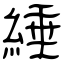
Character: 綞